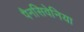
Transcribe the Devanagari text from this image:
पैनसिवेनिया